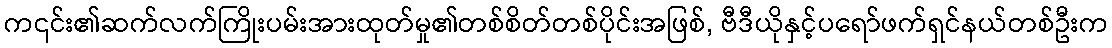
က၎င်း၏ဆက်လက်ကြိုးပမ်းအားထုတ်မှု၏တစ်စိတ်တစ်ပိုင်းအဖြစ်, ဗီဒီယိုနှင့်ပရော်ဖက်ရှင်နယ်တစ်ဦးက